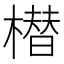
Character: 𣚽